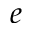
e